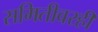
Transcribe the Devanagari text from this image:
समितीवरही